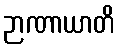
ဉာဏာယာတိ